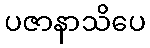
ပဇာနာသိပေ